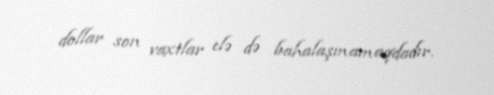
dollar son vaxtlar elə də bahalaşmamaqdadır.